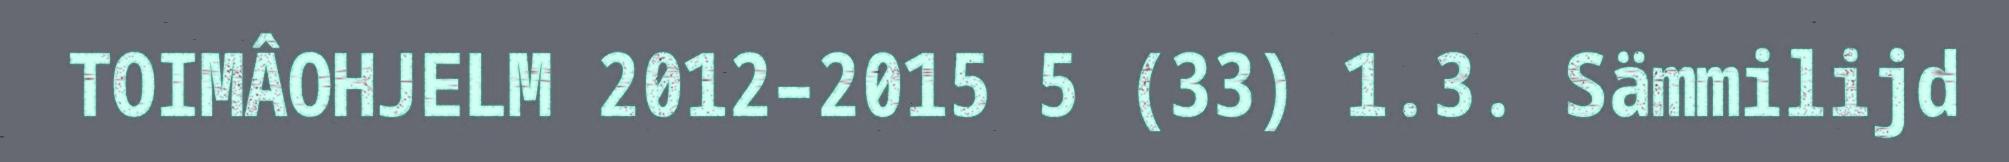
TOIMÂOHJELM 2012–2015 5 (33) 1.3. Sämmilijd